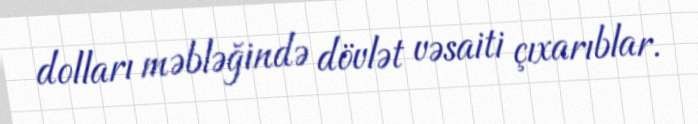
dolları məbləğində dövlət vəsaiti çıxarıblar.